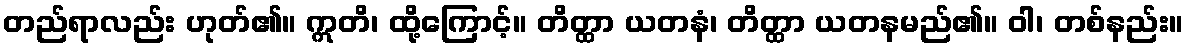
တည်ရာလည်း ဟုတ်၏။ ဣတိ၊ ထို့ကြောင့်။ တိတ္ထာ ယတနံ၊ တိတ္ထာ ယတနမည်၏။ ဝါ၊ တစ်နည်း။